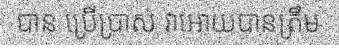
បាន ប្រើប្រាស់ វាអោយបានត្រឹម